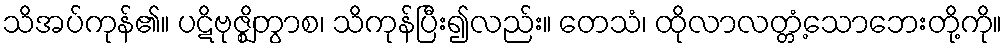
သိအပ်ကုန်၏။ ပဋိဗုဇ္ဈိတွာစ၊ သိကုန်ပြီး၍လည်း။ တေသံ၊ ထိုလာလတ္တံ့သောဘေးတို့ကို။